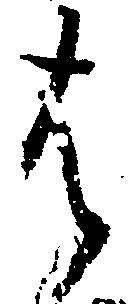
は